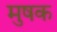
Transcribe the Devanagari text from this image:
मुषक